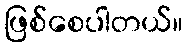
ဖြစ်စေပါတယ်။